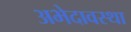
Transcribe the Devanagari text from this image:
अभेदावस्था